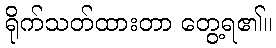
ရိုက်သတ်ထားတာ တွေ့ရ၏။